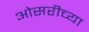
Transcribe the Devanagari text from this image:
ओसरीच्या